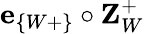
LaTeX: \textbf{e}_{\{ W+\} }\circ\textbf{Z}_{W}^{+}